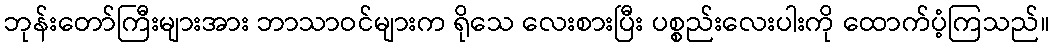
ဘုန်းတော်ကြီးများအား ဘာသာဝင်များက ရိုသေ လေးစားပြီး ပစ္စည်းလေးပါးကို ထောက်ပံ့ကြသည်။